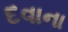
દવાના